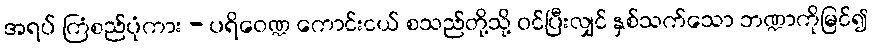
အရပ် ကြံစည်ပုံကား - ပရိဝေဏ္ဍ ကောင်းငယ် စသည်တို့သို့ ဝင်ပြီးလျှင် နှစ်သက်သော ဘဏ္ဍာကိုမြင်၍